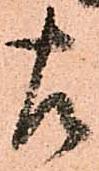
左